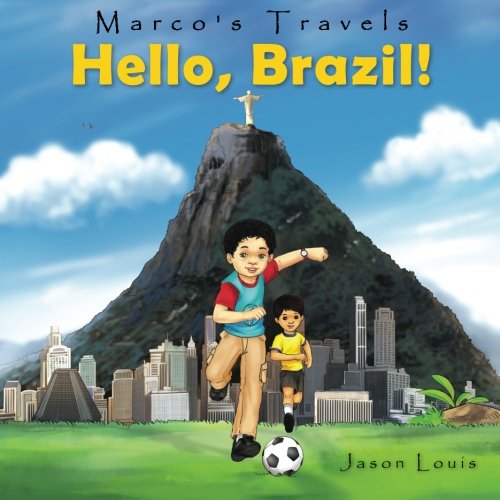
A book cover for Marco's Travels: Hello, Brazil (Volume 1); Jason Louis; Travel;